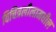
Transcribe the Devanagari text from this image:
विचित्रलीलामधील